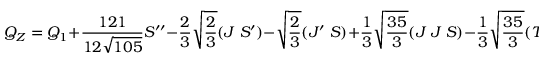
Q _ { Z } = Q _ { 1 } + \frac { 1 2 1 } { 1 2 \sqrt { 1 0 5 } } S ^ { \prime \prime } - \frac { 2 } { 3 } \sqrt { \frac { 2 } { 3 } } ( J \; S ^ { \prime } ) - \sqrt { \frac { 2 } { 3 } } ( J ^ { \prime } \; S ) + \frac { 1 } { 3 } \sqrt { \frac { 3 5 } { 3 } } ( J \; J \; S ) - \frac { 1 } { 3 } \sqrt { \frac { 3 5 } { 3 } } ( T \; S )